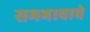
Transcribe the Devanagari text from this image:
समभावाचे